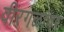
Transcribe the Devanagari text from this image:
वीरगळांवर